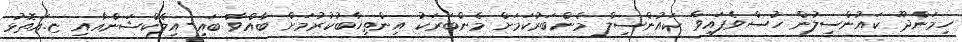
ހިމަންދޫ ކައުންސިލުން ހުސްވެފައިވާ ކައުންސިލް މެންބަރުކަމަށް މެންބަރަކު އިންތިޚާބުކުރުމަށް ބާއްވާ ބައި-އިލެކްޝަންއާއި ޏ.އަތޮޅު